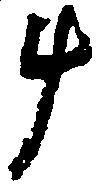
斗